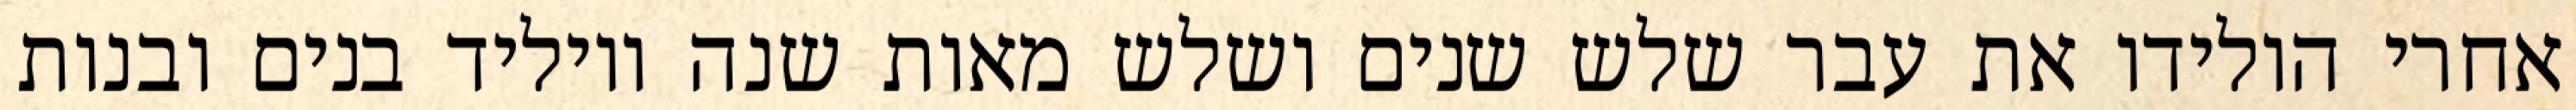
אחרי הולידו את עבר שלש שנים ושלש מאות שנה ויוליד בנים ובנות